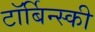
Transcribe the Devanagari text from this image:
टॉर्बिन्स्की